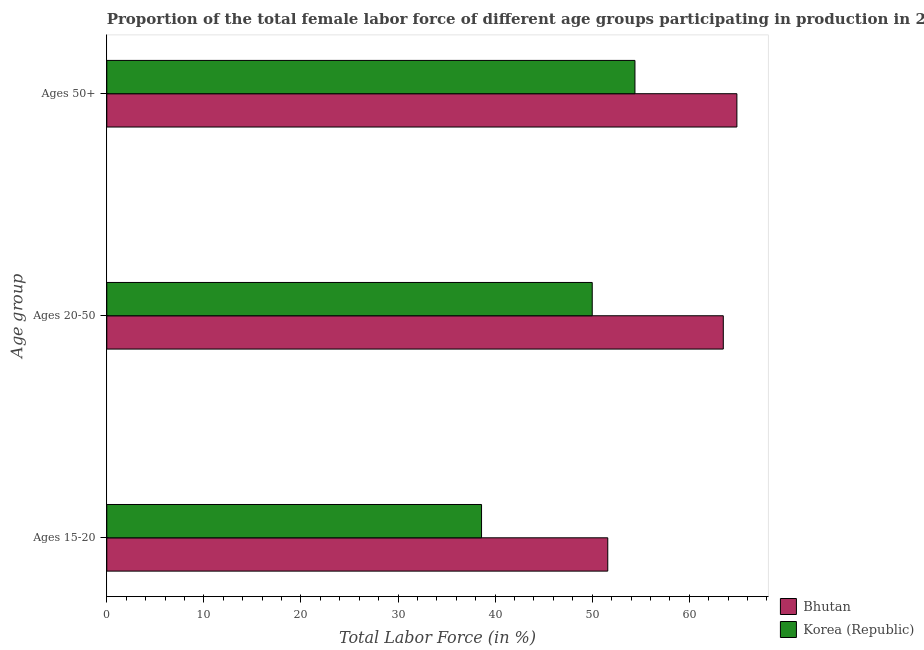
| Age group | Bhutan | Korea (Republic) |
 | --- | --- | --- |
 | Ages 15-20 | 51.6 | 38.6 |
 | Ages 20-50 | 63.5 | 50 |
 | Ages 50+ | 64.9 | 54.4 |